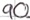
Text: 90